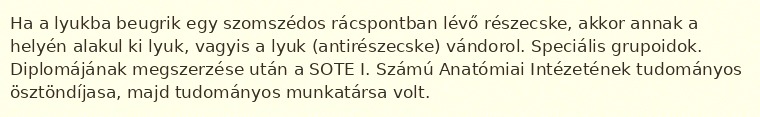
Ha a lyukba beugrik egy szomszédos rácspontban lévő részecske, akkor annak a helyén alakul ki lyuk, vagyis a lyuk (antirészecske) vándorol. Speciális grupoidok. Diplomájának megszerzése után a SOTE I. Számú Anatómiai Intézetének tudományos ösztöndíjasa, majd tudományos munkatársa volt.